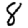
Digit: 8